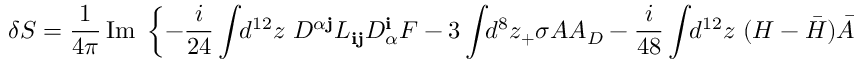
\delta S = \frac { 1 } { 4 \pi } \, \mathrm { I m } \, \, \left\{ - \frac { i } { 2 4 } \int \! \! d ^ { 1 2 } z \ D ^ { \alpha { \mathbf j } } L _ { { \mathbf i } { \mathbf j } } D _ { \alpha } ^ { \mathbf i } { \cal F } - 3 \int \! \! d ^ { 8 } z _ { + } \sigma { \cal A } { \cal A } _ { D } - \frac { i } { 4 8 } \int \! \! d ^ { 1 2 } z \ ( H - { \bar { H } } ) { \bar { \cal A } } { \cal A } _ { D } \right\} .